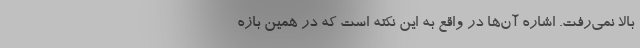
بالا نمی‌رفت. اشاره آن‌ها در واقع به این نکته است که در همین بازه